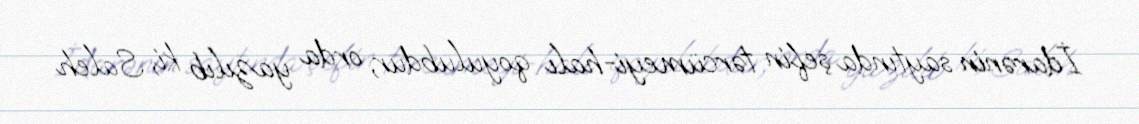
İdarənin saytında şefin tərcümeyi-halı qoyulubdur, orda yazılıb ki, Saleh